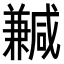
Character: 𠔺